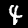
Label: 4